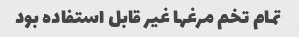
تمام تخم مرغها غیر قابل استفاده بود